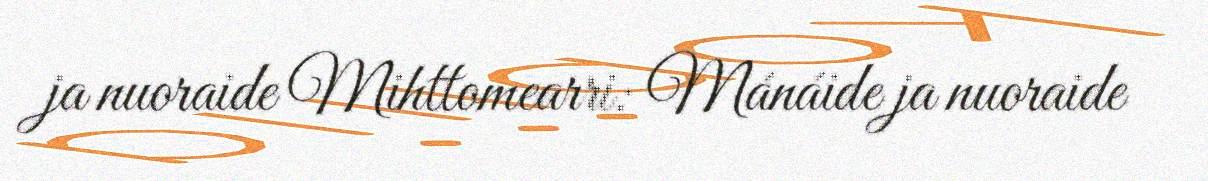
ja nuoraide Mihttomearri: Mánáide ja nuoraide